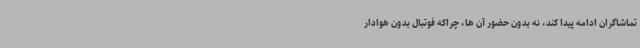
تماشاگران ادامه پیدا کند، نه بدون حضور آن ها، چراکه فوتبال بدون هوادار